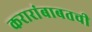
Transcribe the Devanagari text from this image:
करारांबाबतची